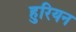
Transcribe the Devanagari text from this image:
हुरियन